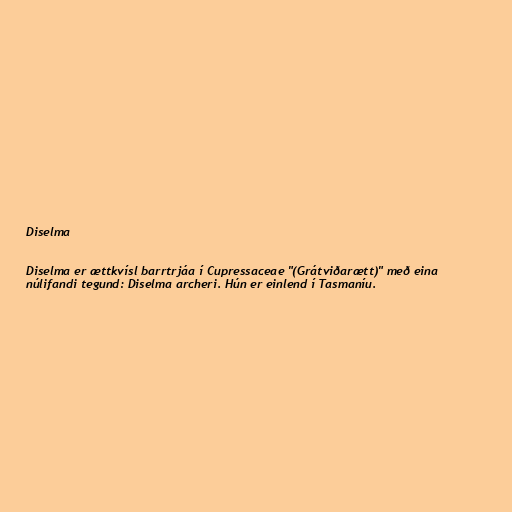
Diselma

Diselma er ættkvísl barrtrjáa í Cupressaceae "(Grátviðarætt)" með eina
núlifandi tegund: Diselma archeri. Hún er einlend í Tasmaníu.